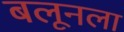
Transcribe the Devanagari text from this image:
बलूनला